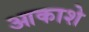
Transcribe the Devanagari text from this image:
आकाशे